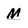
Character: M